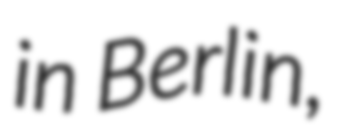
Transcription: in Berlin,